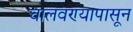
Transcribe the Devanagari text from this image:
चालवण्यापासून